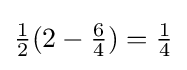
{\tfrac {1}{2}}(2-{\tfrac {6}{4}})={\tfrac {1}{4}}